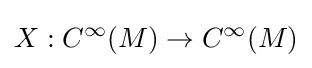
X:C^{\infty }(M)\to C^{\infty }(M)